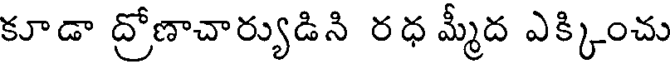
కూడా ద్రోణాచార్యుడిని రధ మ్మీద ఎక్కించు